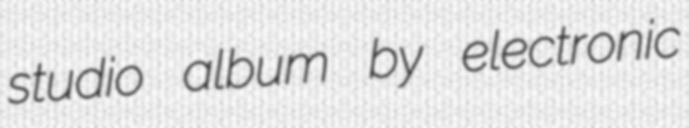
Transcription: studio album by electronic